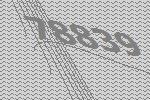
78839